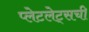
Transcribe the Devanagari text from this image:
प्लेटलेट्‌सची